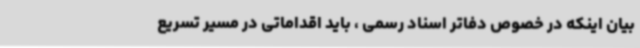
بیان اینکه در خصوص دفاتر اسناد رسمی ، باید اقداماتی در مسیر تسریع